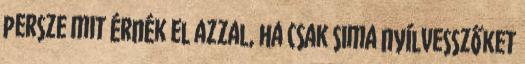
persze mit érnék el azzal, ha csak sima nyílvesszőket